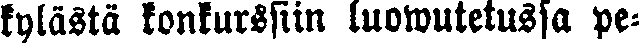
kylästä konkurssiin luowutetussa pe-